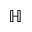
\mathbb { H }